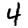
Digit: 4